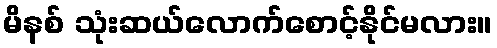
မိနစ် သုံးဆယ်လောက်စောင့်နိုင်မလား။